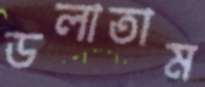
ডলাতাম